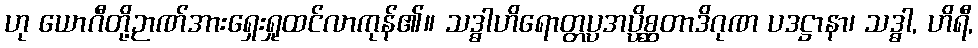
ဟု ယောဂီတို့ဉာဏ်အားရှေးရှုထင်လာကုန်၏။ သဒ္ဓါဟိရောတ္တပ္ပအပ္ပိစ္ဆတာဒိဂုဏ ပဒဋ္ဌာနာ၊ သဒ္ဓါ, ဟိရီ,